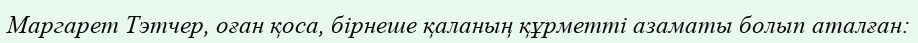
Маргарет Тэтчер, оған қоса, бірнеше қаланың құрметті азаматы болып аталған: